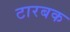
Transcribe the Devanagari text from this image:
टारबक